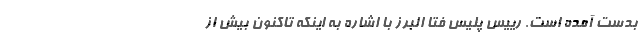
بدست آمده است. رییس پلیس فتا البرز با اشاره به اینکه تاکنون‌ بیش از